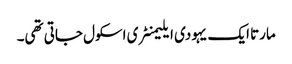
مارتا ایک یہودی ایلیمنٹری اسکول جاتی تھی۔